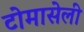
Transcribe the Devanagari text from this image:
टोमासेली